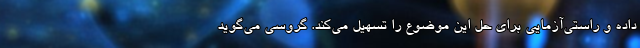
داده و راستی‌آزمایی برای حل این موضوع را تسهیل می‌کند. گروسی می‌گوید